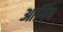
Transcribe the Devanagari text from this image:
आर्गिव